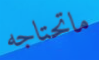
ماتحتاجه